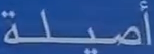
أميلة